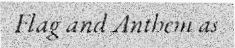
Flag and Anthem as